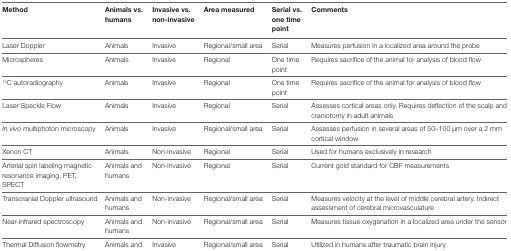
| Method | Animals vs. humans | Invasive vs. non-invasive | Area measured | Serial vs. one time point | Comments |
 | --- | --- | --- | --- | --- | --- |
 | Laser Doppler | Animals | Invasive | Regional/small area | Serial | Measures perfusion in a localized area around the probe |
 | Microspheres | Animals | Invasive | Regional | One time point | Requires sacrifice of the animal for analysis of blood flow |
 | 14C autoradiography | Animals | Invasive | Regional | One time point | Requires sacrifice of the animal for analysis of blood flow |
 | Laser Speckle Flow | Animals | Invasive | Regional | Serial | Assesses cortical areas only. Requires deflection of the scalp and craniotomy in adult animals |
 | In vivo multiphoton microscopy | Animals | Invasive | Regional/small area | Serial | Assesses perfusion in several areas of 50–100 μm over a 2 mm cortical window |
 | Xenon CT | Animals | Non-invasive | Regional | Serial | Used for humans exclusively in research |
 | Arterial spin labeling magnetic resonance imaging, PET, SPECT | Animals and humans | Non-invasive | Regional | Serial | Current gold standard for CBF measurements |
 | Transcranial Doppler ultrasound | Animals and humans | Non-invasive | Regional/small area | Serial | Measures velocity at the level of middle cerebral artery. Indirect assessment of cerebral microvasculature |
 | Near-infrared spectroscopy | Animals and humans | Non-invasive | Regional/small area | Serial | Measures tissue oxygenation in a localized area under the sensor |
 | Thermal Diffusion flowmetry | Animals and humans | Invasive | Regional/small area | Serial | Utilized in humans after traumatic brain injury |